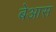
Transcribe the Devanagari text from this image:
बेआस